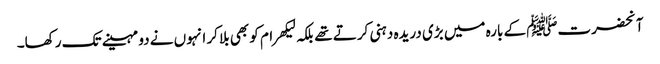
آنحضرتﷺ کے بارہ میں بڑی دریدہ دہنی کرتے تھے بلکہ لیکھرام کو بھی بلا کر انہوں نے دو مہینے تک رکھا۔